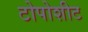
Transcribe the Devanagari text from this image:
टोपोशीट